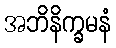
အဘိနိက္ခမနံ